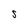
Character: S